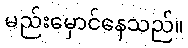
မည်းမှောင်နေသည်။